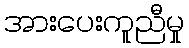
အားပေးကူညီမှု